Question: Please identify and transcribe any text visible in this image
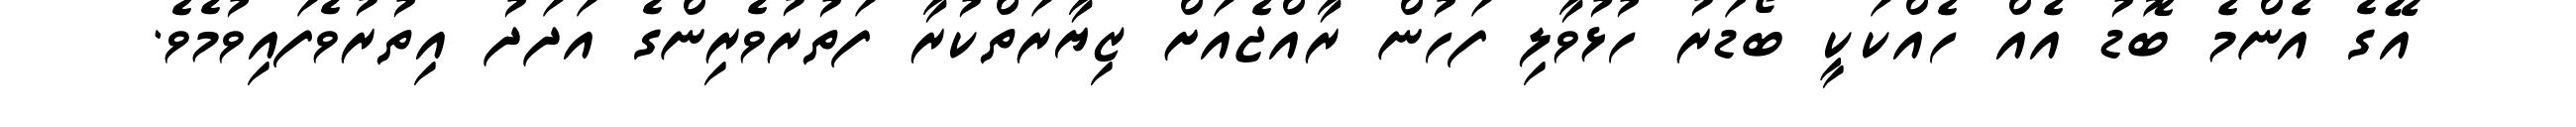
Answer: އޭގެ އެންމެ ބޮޑު އެއް ހެއްކަކީ ބޯޑަރު ހުޅުވާލި ފަހުން ރާއްޖެއަށް ޒިޔާރަތްކުރާ ފަތުރުވެރިންގެ އަދަދު އިތުރުވެފައިވުމެވެ.